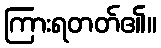
ကြားရတတ်၏။